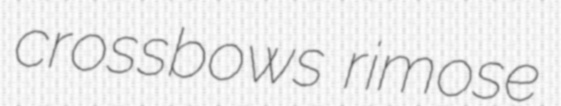
crossbows rimose